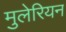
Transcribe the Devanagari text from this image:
मुलेरियन